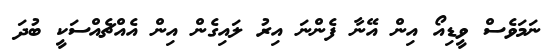
ނަމަވެސް ވީޑިއޯ އިން އޭނާ ފެންނަ އިރު ލައިގެން އިން އެއްޗެއްސަކީ ބުދަ